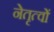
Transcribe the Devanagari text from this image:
नेतृत्वों